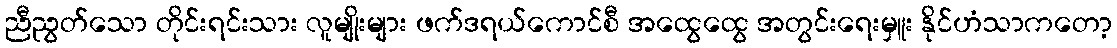
ညီညွတ်သော တိုင်းရင်းသား လူမျိုးများ ဖက်ဒရယ်ကောင်စီ အထွေထွေ အတွင်းရေးမှူး နိုင်ဟံသာကတော့